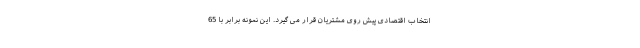
انتخاب اقتصادی پیش روی مشتریان قرار می گیرد. این نمونه برابر با 65